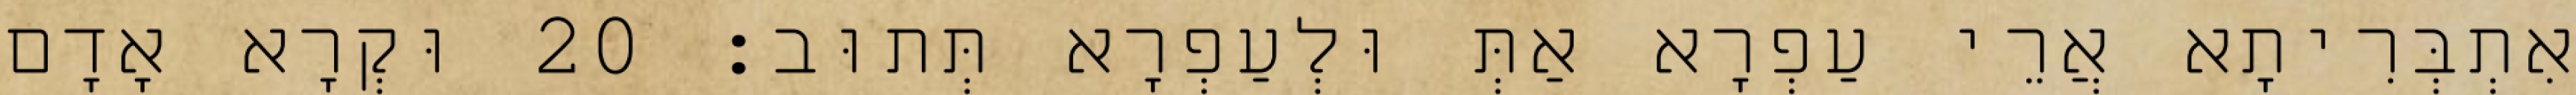
אִתְבְּרִיתָא אֲרֵי עַפְרָא אַתְּ וּלְעַפְרָא תְּתוּב׃ 20 וּקְרָא אָדָם